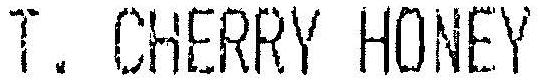
T. CHERRY HONEY